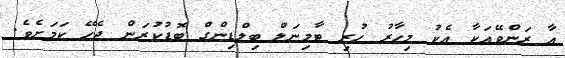
އާ ރަންވޭއަކާ އެކު މިހާރު ހުރި ޓާމިނަލް ބިލްޑިންގް ބޮޑުކުރަން ޖެހޭ ކަމަށެވެ.